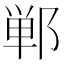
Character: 郸